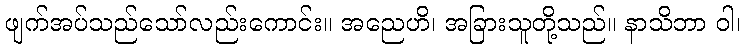
ဖျက်အပ်သည်သော်လည်းကောင်း။ အညေဟိ၊ အခြားသူတို့သည်။ နာသိဘာ ဝါ၊